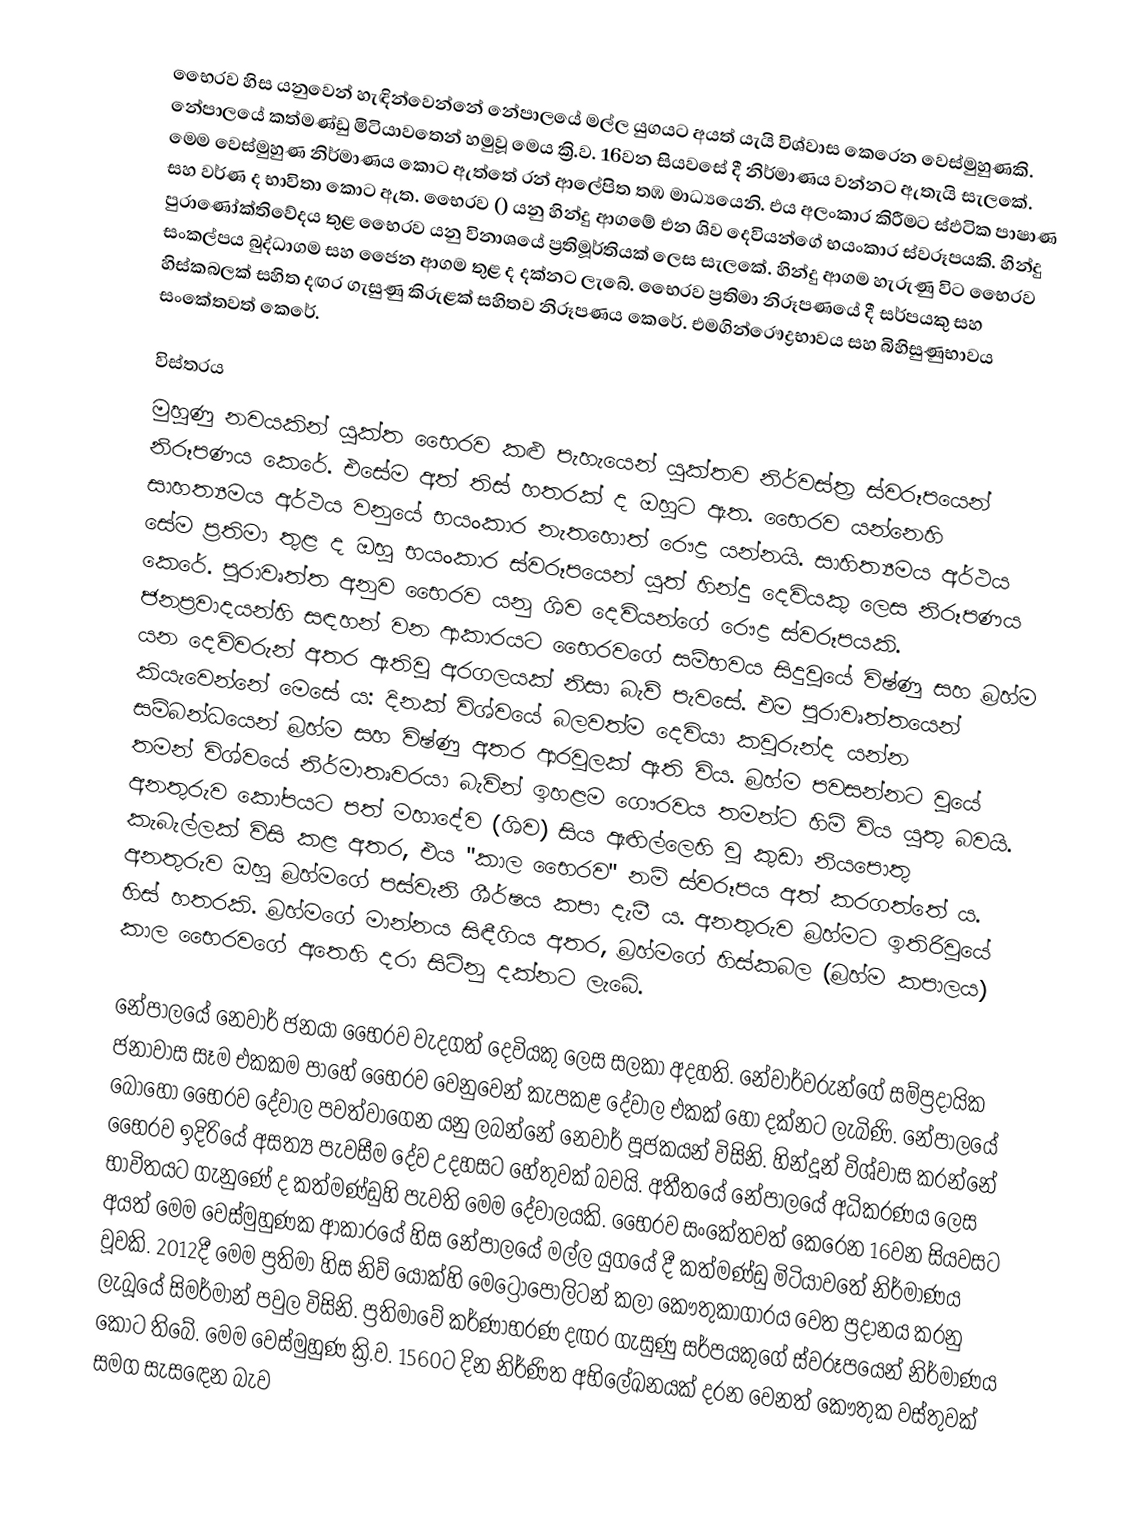
භෛරව හිස යනුවෙන් හැඳින්වෙන්නේ නේපාලයේ මල්ල යුගයට අයත් යැයි විශ්වාස කෙරෙන වෙස්මුහුණකි. නේපාලයේ කත්මණ්ඩු මිටියා‍වතෙන් හමුවූ මෙය ක්‍රි.ව. 16වන සියවසේ දී නිර්මාණය වන්නට ඇතැයි සැලකේ. මෙම වෙස්මුහුණ නිර්මාණය කොට ඇත්තේ රන් ආලේපිත තඹ මාධ්‍යයෙනි. එය අලංකාර කිරීමට ස්ඵටික පාෂාණ සහ වර්ණ ද භාවිතා කොට ඇත. භෛරව () යනු හින්දු ආගමේ එන ශිව දෙවියන්ගේ භයංකාර ස්වරූපයකි. හින්දු පුරාණෝක්තිවේදය තුළ භෛරව යනු විනාශයේ ප්‍රතිමූර්තියක් ලෙස සැලකේ. හින්දු ආගම හැරුණු විට භෛරව සංකල්පය බුද්ධාගම සහ ජෛන ආගම තුළ ද දක්නට ලැබේ. භෛරව ප්‍රතිමා නිරූපණයේ දී සර්පයකු සහ හිස්කබලක් සහිත දඟර ගැසුණු කිරුළක් සහිතව නිරූපණය කෙරේ. එමගින්රෞද්‍රභාවය සහ බිහිසුණුභාවය සංකේතවත් කෙරේ.

විස්තරය
මුහුණු නවයකින් යුක්ත භෛරව කළු පැහැයෙන් යුක්තව නිර්වස්ත්‍ර ස්වරූපයෙන් නිරූපණය කෙරේ. එසේම අත් තිස් හතරක් ද ඔහුට ඇත. භෛරව යන්නෙහි සාහත්‍යමය අර්ථය වනුයේ භයංකාර නැතහොත් රෞද්‍ර යන්නයි. සාහිත්‍යමය අර්ථය සේම ප්‍රතිමා තුළ ද ඔහු භයංකාර ස්වරූපයෙන් යුත් හින්දු දෙවියකු ලෙස නිරූපණය කෙරේ. පුරාවෘත්ත අනුව භෛරව යනු ශිව දෙවියන්ගේ රෞද්‍ර ස්වරූපයකි. ජනප්‍රවාදයන්හි සඳහන් වන ආකාරයට භෛරවගේ සම්භවය සිදුවූයේ විෂ්ණු සහ බ්‍රහ්ම යන දෙවිවරුන් අතර ඇතිවූ අරගලයක් නිසා බැව් පැවසේ. එම පුරාවෘත්තයෙන් කියැවෙන්නේ මෙසේ ය: දිනක් විශ්වයේ බලවත්ම දෙවියා කවුරුන්ද යන්න සම්බන්ධයෙන් බ්‍රහ්ම සහ විෂ්ණු අතර ආරවුලක් ඇති විය. බ්‍රහ්ම පවසන්නට වූයේ තමන් විශ්වයේ නිර්මාතෘවරයා බැවින් ඉහළම ගෞරවය තමන්ට හිමි විය යුතු බවයි. අනතුරුව කෝපයට පත් මහාදේව (ශිව) සිය ඇඟිල්ලෙහි වූ කුඩා නියපොතු කැබැල්ලක් විසි කළ අතර, එය "කාල භෛරව" නම් ස්වරූපය අත් කරගත්තේ ය. අනතුරුව ඔහු බ්‍රහ්මගේ පස්වැනි ශීර්ෂය කපා දැමී ය. අනතුරුව බ්‍රහ්මට ඉතිරිවූයේ හිස් හතරකි. බ්‍රහ්මගේ මාන්නය සිඳීගිය අතර, බ්‍රහ්මගේ හිස්කබල (බ්‍රහ්ම කපාලය) කාල භෛරවගේ අතෙහි දරා සිටිනු දක්නට ලැබේ.

නේපාලයේ නෙවාර් ජනයා භෛරව වැදගත් දෙවියකු ලෙස සලකා අදහති. නේවාර්වරුන්ගේ සම්ප්‍රදායික ජනාවාස සෑම එකකම පාහේ භෛරව වෙනුවෙන් කැපකළ දේවාල එකක් හෝ දක්නට ලැබිණි. නේපාලයේ බොහෝ භෛරව දේවාල පවත්වාගෙන යනු ලබන්නේ නෙවාර් පූජකයන් විසිනි. හින්දූන් විශ්වාස කරන්නේ භෛරව ඉදිරියේ අසත්‍ය පැවසීම දේව උදහසට හේතුවක් බවයි. අතීත‍යේ නේපාලයේ අධිකරණය ලෙස භාවිතයට ගැනුණේ ද කත්මණ්ඩුහි පැවති මෙම දේවාලයකි. භෛරව සංකේතවත් කෙරෙන 16වන සියවසට අයත් මෙම වෙස්මුහුණක ආකාරයේ හිස නේපාලයේ මල්ල යුගයේ දී කත්මණ්ඩු මිටියාවතේ නිර්මාණය වූවකි. 2012දී මෙම ප්‍රතිමා හිස නිව් ‍යෝක්හි මෙට්‍රොපොලිටන් කලා කෞතුකාගාරය වෙත ප්‍රදානය කරනු ලැබූයේ සිමර්මාන් පවුල විසිනි. ප්‍රතිමාවේ කර්ණාභරණ දඟර ගැසුණු සර්පයකුගේ ස්වරූපයෙන් නිර්මාණය කොට තිබේ. මෙම වෙස්මුහුණ ක්‍රි.ව. 1560ට දින නිර්ණිත අභිලේඛනයක් දරන වෙනත් කෞතුක වස්තුවක් සමග සැස‍ඳෙන බැව